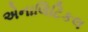
એનાલિટિકલ